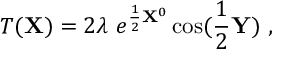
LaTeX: T ( { \bf X } ) = 2 \lambda ~ e ^ { { \frac { 1 } { 2 } } { \bf X } ^ { 0 } } \cos ( { \frac { 1 } { 2 } } { \bf Y } ) ~ ,